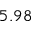
5 . 9 8